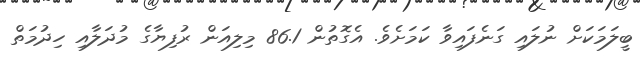
ބީލަމަކަށް ނުލައި ގަނެފައިވާ ކަމަށެވެ. އެގޮތުން 86.1 މިލިއަން ރުފިޔާގެ މުދަލާއި ހިދުމަތް